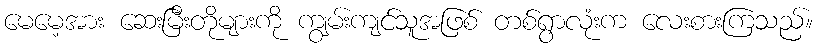
မေမေ့အား ဆေးမြီးတိုများကို ကျွမ်းကျင်သူအဖြစ် တစ်ရွာလုံးက လေးစားကြသည်။